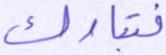
فتبارك